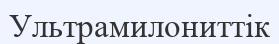
Ультрамилониттік